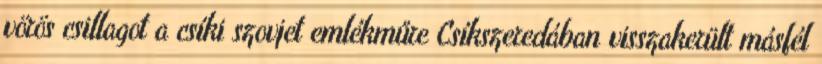
vörös csillagot a csíki szovjet emlékműre Csíkszeredában visszakerült másfél